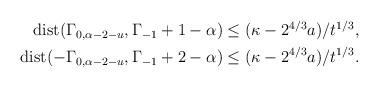
LaTeX: \begin{align*}\begin{aligned}{\rm dist}(\Gamma_{0,\alpha-2-u},\Gamma_{-1}+1-\alpha)&\leq (\kappa-2^{4/3}a)/t^{1/3},\\{\rm dist}(-\Gamma_{0,\alpha-2-u},\Gamma_{-1}+2-\alpha)&\leq (\kappa-2^{4/3}a)/t^{1/3}.\end{aligned}\end{align*}